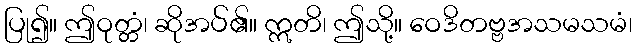
ပြု၍။ ဤဝုတ္တံ၊ ဆိုအပ်၏။ ဣတိ၊ ဤသို့။ ဝေဒိတဗ္ဗအသမသမံ၊